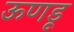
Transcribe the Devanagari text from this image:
ऊणडू